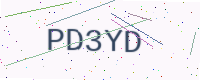
Text: PD3YD